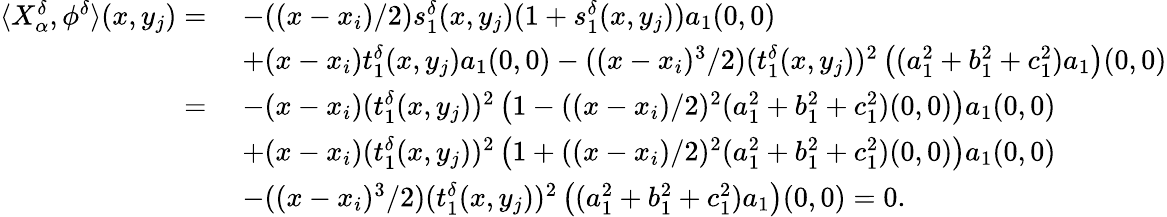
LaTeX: \begin{array}{rl}{\langle X_{\alpha}^{\delta},\phi^{\delta}\rangle(x,y_{j})=\; }&{-((x-x_{i})/2)s_{1}^{\delta}(x,y_{j})(1+s_{1}^{\delta}(x,y_{j}))a_{1}(0,0)}\\ &{+(x-x_{i})t_{1}^{\delta}(x,y_{j})a_{1}(0,0)-((x-x_{i})^{3}/2)(t_{1}^{\delta}(x,y_{j}))^{2}\left((a_{1}^{2}+b_{1}^{2}+c_{1}^{2})a_{1}\right)(0,0)}\\ {=\; }&{-(x-x_{i})(t_{1}^{\delta}(x,y_{j}))^{2}\left(1-((x-x_{i})/2)^{2}(a_{1}^{2}+b_{1}^{2}+c_{1}^{2})(0,0)\right)a_{1}(0,0)}\\ &{+(x-x_{i})(t_{1}^{\delta}(x,y_{j}))^{2}\left(1+((x-x_{i})/2)^{2}(a_{1}^{2}+b_{1}^{2}+c_{1}^{2})(0,0)\right)a_{1}(0,0)}\\ &{-((x-x_{i})^{3}/2)(t_{1}^{\delta}(x,y_{j}))^{2}\left((a_{1}^{2}+b_{1}^{2}+c_{1}^{2})a_{1}\right)(0,0)=0.}\end{array}